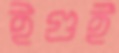
ইগুই